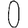
Digit: 0